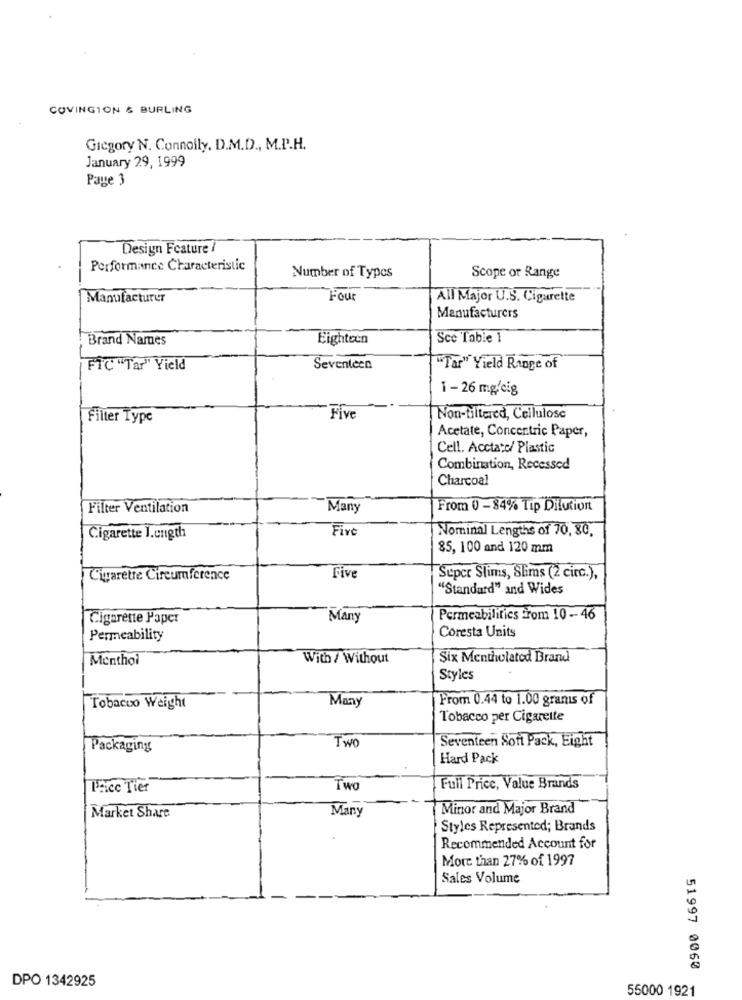
COVINGTON & BURLING
Gregory N. Connolly, D.M.D ., M.P.H.
January 29, 1999
Page 3
Design Feature /
Performance Characteristic
Number of Typos
Scope or Range
Manufacturer
Four
All Major U.S. Cigarette
Manufacturers
Brand Names
Eighteen
Sce Table 1
FTC "Tar" Yield
Seventeen
"Tar" Yield Range of
1 - 26 mg/cig
Filter Type
Five
Non-tiltered, Cellulose
Acetate, Concentric Paper,
Cell. Acctate/ Plastic
Combination, Recessed
Charcoal
Filter Ventilation
Many
From 0-84% Tip Dilution
Five
Nominal Lengths of 70, 80,
Cigarette I.ength
85, 100 and 120 mm
Cigarette Circumference
Five
Super Slims, Slims (2 circ.),
"Standard" and Wides
Cigarette Paper
Many
Permeabilities from 10- 46
Coresta Units
Permeability
Menthol
With / Without
Six Mentholated Brand
Styles
Many
From 0.44 to 1.00 grams of
Tobacco Weight
Tobacco per Cigarette
Two
Seventeen Soft Pack, Eight
Packaging
Hard Pack
Price Tier
TWO
Full Price, Value Brands
Market Share
Many
Minor and Major Brand
Styles Represented; Brands
Recommended Account for
More than 27% of 1997
Sales Volume
51997 0060
DPO 1342925
55000 1921